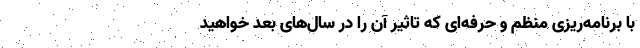
با برنامه‌ریزی منظم و حرفه‌ای که تاثیر آن را در سال‌های بعد خواهید